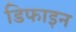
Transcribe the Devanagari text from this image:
डिफाइन